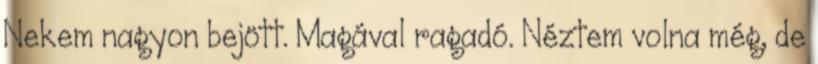
Nekem nagyon bejött. Magával ragadó. Néztem volna még, de